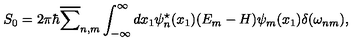
S _ { 0 } = 2 { \pi } { \hbar } \overline { { \sum } } _ { n , m } \int _ { - \infty } ^ { \infty } d x _ { 1 } { \psi } _ { n } ^ { \star } ( x _ { 1 } ) ( E _ { m } - H ) { \psi } _ { m } ( x _ { 1 } ) \delta ( { \omega } _ { n m } ) ,